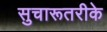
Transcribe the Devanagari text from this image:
सुचारूतरीके